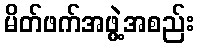
မိတ်ဖက်အဖွဲ့အစည်း